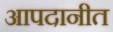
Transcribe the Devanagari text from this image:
आपदानीत